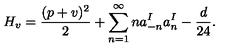
H _ { v } = { \frac { ( p + v ) ^ { 2 } } { 2 } } + \sum _ { n = 1 } ^ { \infty } n a _ { - n } ^ { I } a _ { n } ^ { I } - { \frac { d } { 2 4 } } .